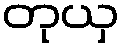
တုယှ